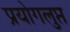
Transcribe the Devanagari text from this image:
प्रयोगलुप्त